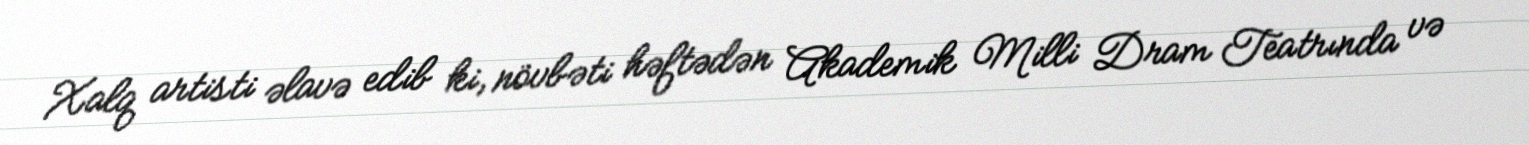
Xalq artisti əlavə edib ki, növbəti həftədən Akademik Milli Dram Teatrında və